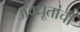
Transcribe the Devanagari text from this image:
अवधूतांची